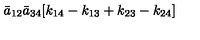
{ \bar { a } } _ { 1 2 } { \bar { a } } _ { 3 4 } [ k _ { 1 4 } - k _ { 1 3 } + k _ { 2 3 } - k _ { 2 4 } ]